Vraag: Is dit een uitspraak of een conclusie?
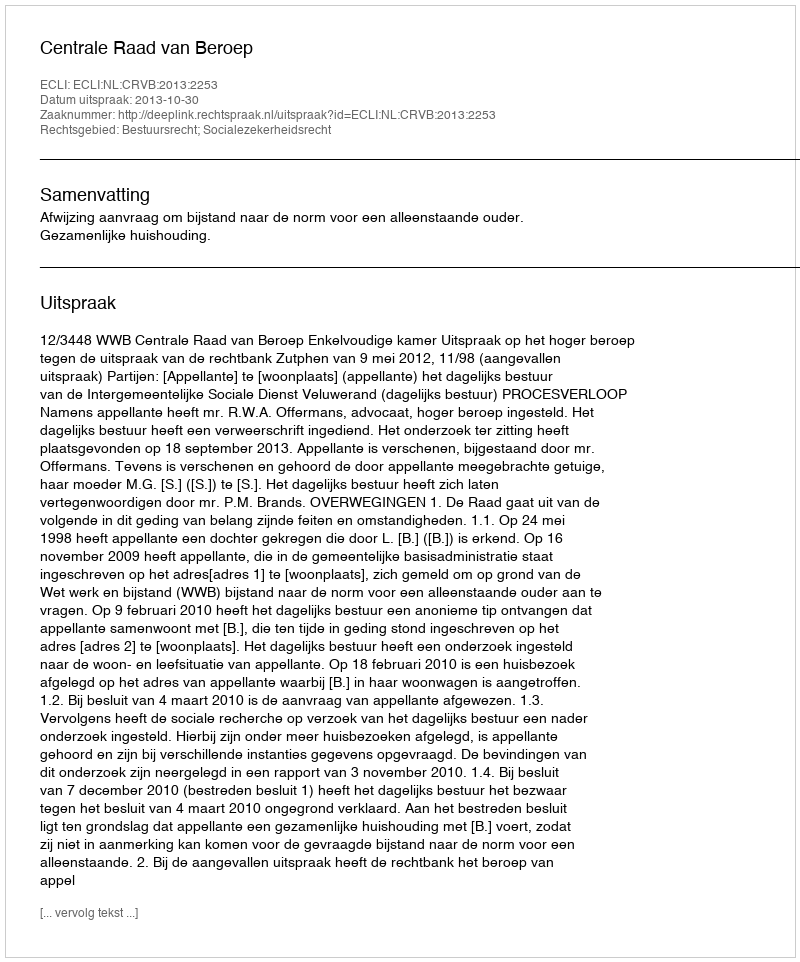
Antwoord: Uitspraak